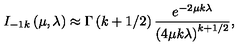
I _ { - 1 k } \left( \mu , \lambda \right) \approx \Gamma \left( k + 1 / 2 \right) \frac { e ^ { - 2 \mu k \lambda } } { \left( 4 \mu k \lambda \right) ^ { k + 1 / 2 } } ,